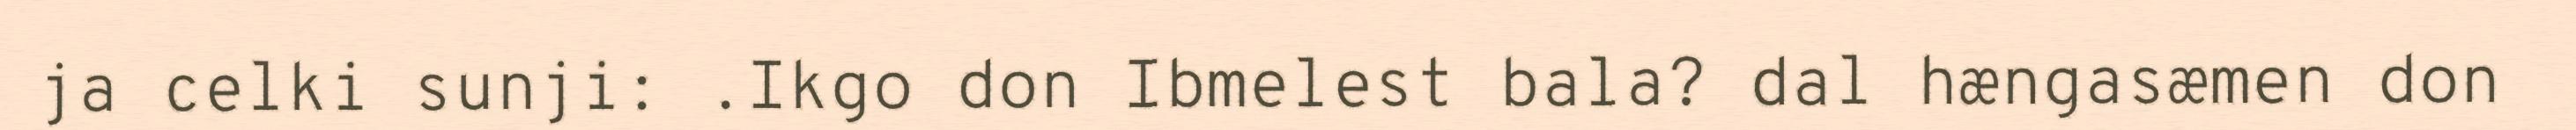
ja celki sunji: .Ikgo don Ibmelest bala? dal hængasæmen don